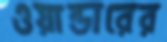
ওয়ান্ডারের